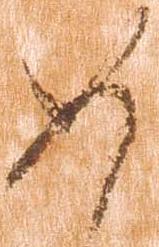
如